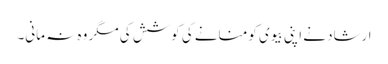
ارشاد نے اپنی بیوی کو منانے کی کوشش کی مگر وہ نہ مانی۔